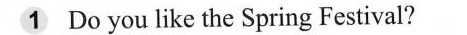
1 Do you like the Spring Festival?